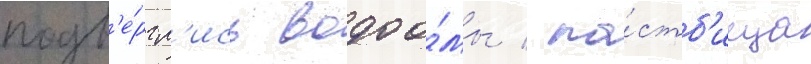
подв'е́ргл'ись водоо́мы / па́стб'ища